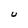
Character: U